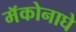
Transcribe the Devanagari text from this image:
मॅकोनाघे